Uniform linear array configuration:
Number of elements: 48
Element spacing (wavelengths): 0.75
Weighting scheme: blackman
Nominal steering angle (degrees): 45
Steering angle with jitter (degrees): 44.294
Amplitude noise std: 0.05
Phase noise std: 0.05

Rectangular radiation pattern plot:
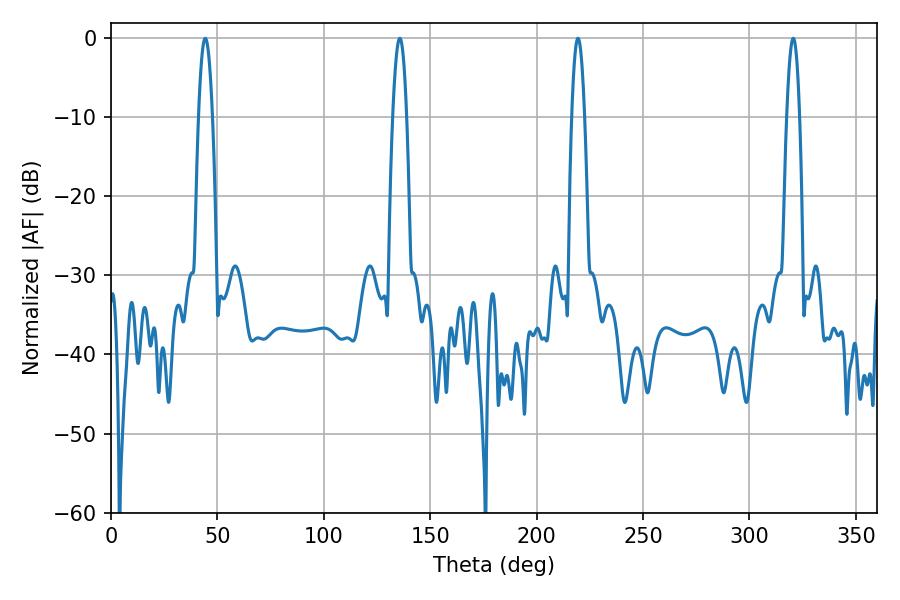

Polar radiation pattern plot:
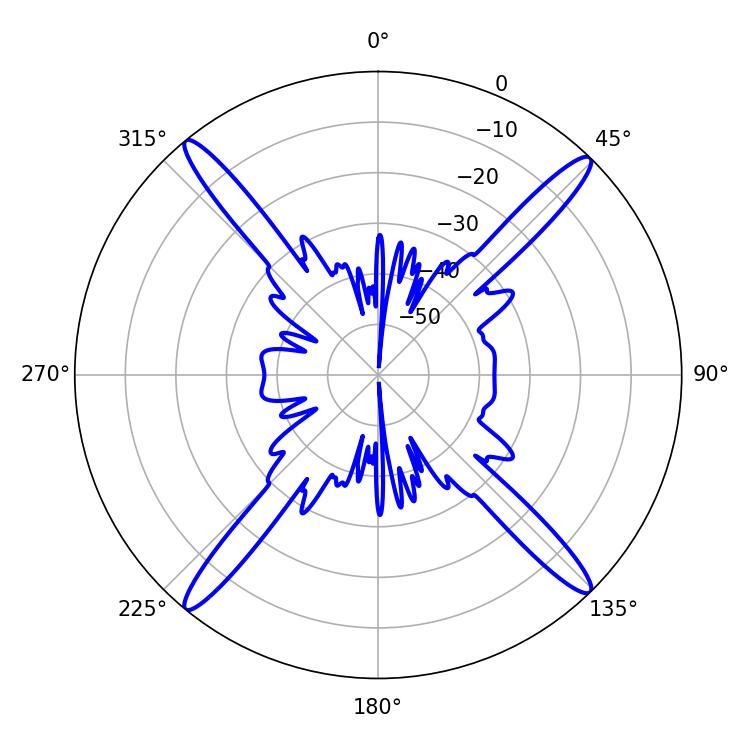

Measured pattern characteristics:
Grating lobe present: TRUE
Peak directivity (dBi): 21.189
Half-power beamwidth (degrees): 3.24
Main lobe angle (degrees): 219.42